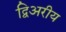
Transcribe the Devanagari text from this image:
द्विअरीय